Papers set at the Examination for Leaving Certificates, 1893
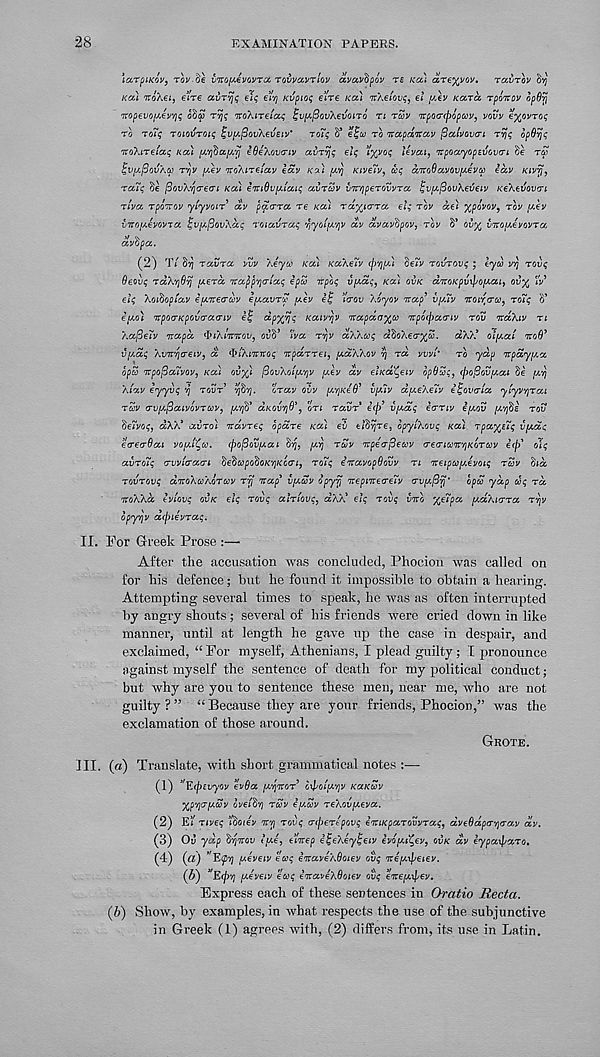
28
EXAMINATION PAPERS.
\arpiK0V, rov-Se intopivovTcx, TOVVCCVTIOV avavhpov re Kcci areyyov, rccvrov
KGC) TroXei, e’i're avrvjq eh; ely Kvpio; elre KOU nXeiovt;, el y.ev Kara rpoitov opOrj
Tvopevoi^ey/jt; oSo) rvj; noXireia; ^v[/.^ovXevoiro n rSv TTpoa-fpopav, vovv e^ovro;
rb roiq roiovroiq ^vy.^ov\eveiv' ro7q S*
TO 'itapanav (3atvov(Ti rvjq bpOrjq
nroXireiaq ua) [//$U[/,vj iOeXovcriv avrvjq elq 'lyyoq levat, npoayopevovo’i Se rep
^VfA^ovAW TYjV [Aev TVoXirefav lav KU.) [AY} KIVETV, ccq airoOavovixevcp eav Kivy,
raTq fie (SovXYjreai Kcci eTtiOv^iaiq avrcov inr/jperovvra ^v^ov'Keveiv Ke'kevQvci
rlva rpoYrov yiyvoir av pfirra re Ka) rd^terra el; rbv dei xpovov, rbv [/.Iv
viro/Aevovra tjv/AfiovXd; roiavraq yyciifA'/jV dv dvavtpov^ rbv 8* ou% vnouevovra
dvtpa.
(2) T/ S07 ravra vvv Xeyo) Ka) KaXeTv (jy^pu $e7v rovrovq ; eyd vv) rovq
Oeovq rdKYjOtf y.erd nafipYjaiaq epco Ttpb; v[Aa;, Ka) OVK d'jtoKpv\po[Aai i ov^ 7v
el; Xoibopiav epe'Keircbv e[Aavrv peev e^ )'<rov Xoyov nap* vpuv noircra, ro7; S’
eiAci) npocrKpovcrao-iv iij d.pxtfs Kaiv/jv 'irapdaxco npoepaa-iv rov naXiv ri
Xaj3e7v Ttapd ^iXiWot/, ouB’ 7va rYjV aXXco; aSoX€<r%5. aXX* olpat noO’
V/ACC; XviT^o-eiv, a
IXITTKO; npdrrei, [ACCXXOV YJ rd vvvt' rb yap 7tpdy[Aa
bpa Tvpo(3a7vov, Ka) ovy) [3ovXoi[A^v piev dv elKatpiv opOu;, (j)o^GVfAai Se IAY)
Aiav eyyv; Y\ TOUT’ Y$ r f\. trav ovv [AyKeO 1 vpilv d[AeXe7v il~ov<ria ytyv/jrai
rcov arv/A^aivcivrccv, [A'ffi aKOVYjO*, on ravr ecp’ v/ad; emv I/AOV (A'/fie rov
^e7vo; J dW* avro) nrdvre; bpdre Ka) ev elfivjre, bpyiXov; Ka) rpaxe7; v[Aa;
ecrecOai vopAi^w. (po^ovfAai
[AYj ruv npeafieuv crecrian'/jKorcov i(b 0C(
avroiq crwitruaL SefiapofioK'/jKGO'i, TOT<; e'na.vopQovv TL Tretpapevoi; ruv 6ta
TOVTOVS dnoXwAOTUV rfl Trap’ II[ACGV opyvj Trepnre<re~v erv^rj' bpco yap wc, rd
TTOkhd ey/W OVK c/? rovq alriovc, as’AV ei? rove inb 'Aeipa, vAhiorra r-qv
bpyrj-v a(j)i€vrae.
II. For Greek Prose :—
After the accusation was concluded, Phocion was called on
for his defence; but he found it impossible to obtain a hearing.
Attempting several times to speak, he was as often interrupted
by angry shouts; several of his friends were cried down in like
manner, until at length he gave up the case in despair, and
exclaimed, “ For myself, Athenians, I plead guilty ; I pronounce
against myself the sentence of death for my political conduct;
but why are you to sentence these men, near me, who are not
guilty?” “ Because they are your friends, Phocion,” was the
exclamation of those around.
GROTE.
III. (a) Translate, with short grammatical notes :—
(1) ’'Erpzuyov evOa jj/q’Kor oifopavjy KaKuv
'Ap'qrubvy ovetdq revv epouv rO.ovy.tva.
(2) E’/ Tivep (Sotey TTTJ rove rc^ertpov; i'TtiKpa.rovvrat;, dvoSdpr'qray dv.
(3) Oil yap dqovov (’pie, t’mep i^e\ey^eiv ivoytl^ev, OVK dv iypaiparo.
(4) (vi) ”'E<pY] uovoiv eaq b'ra.vb/.Qoioy ove orepc^petev.
(5) v E<p*i yjyeiv ecce ZitaveXQoiov ovc orre/xipev.
Express each of these sentences in Oratio Recta.
{ft) Show, by examples, in what respects the use of the subjunctive
in Greek (1) agrees with, (2) differs from, its use in Latin.